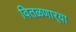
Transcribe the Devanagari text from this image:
वितळणार्‍या